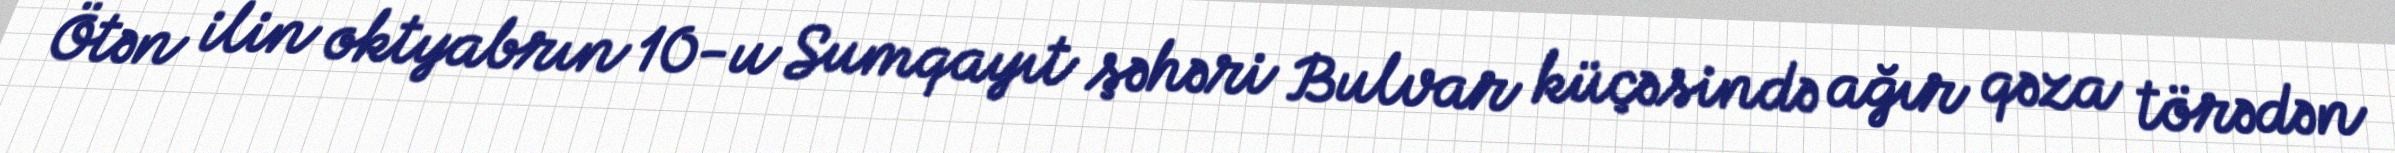
Ötən ilin oktyabrın 10-u Sumqayıt şəhəri Bulvar küçəsində ağır qəza törədən